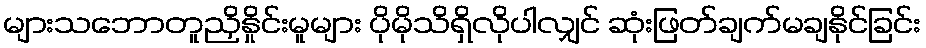
များသဘောတူညှိနှိုင်းမူများ ပိုမိုသိရှိလိုပါလျှင် ဆုံးဖြတ်ချက်မချနိုင်ခြင်း